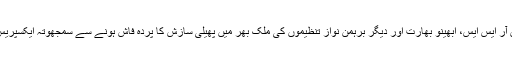
لیکن ہیمنت کرکرے کے ذریعے مالیگاؤں 2008ء کی تفتیش میں اور اسی طرح کے دیگر بم دھماکوں میں آر ایس ایس، ابھینو بھارت اور دیگر برہمن نواز تنظیموں کی ملک بھر میں پھیلی سازش کا پردہ فاش ہونے سے سمجھوتہ ایکسپریس دھماکے کی از سر نو تفتیش کسی آزاد تفتیشی ایجنسی کے ذریعے ہو، اس بات کا مطالبہ زور پکڑنے لگا۔